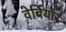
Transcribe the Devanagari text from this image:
वेर्बियार